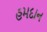
હમદાન